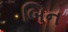
બિન